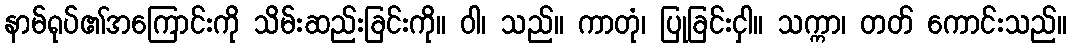
နာမ်ရုပ်၏အကြောင်းကို သိမ်းဆည်းခြင်းကို။ ဝါ၊ သည်။ ကာတုံ၊ ပြုခြင်းငှါ။ သက္ကာ၊ တတ် ကောင်းသည်။